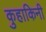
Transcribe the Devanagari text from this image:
कुहाकिनी